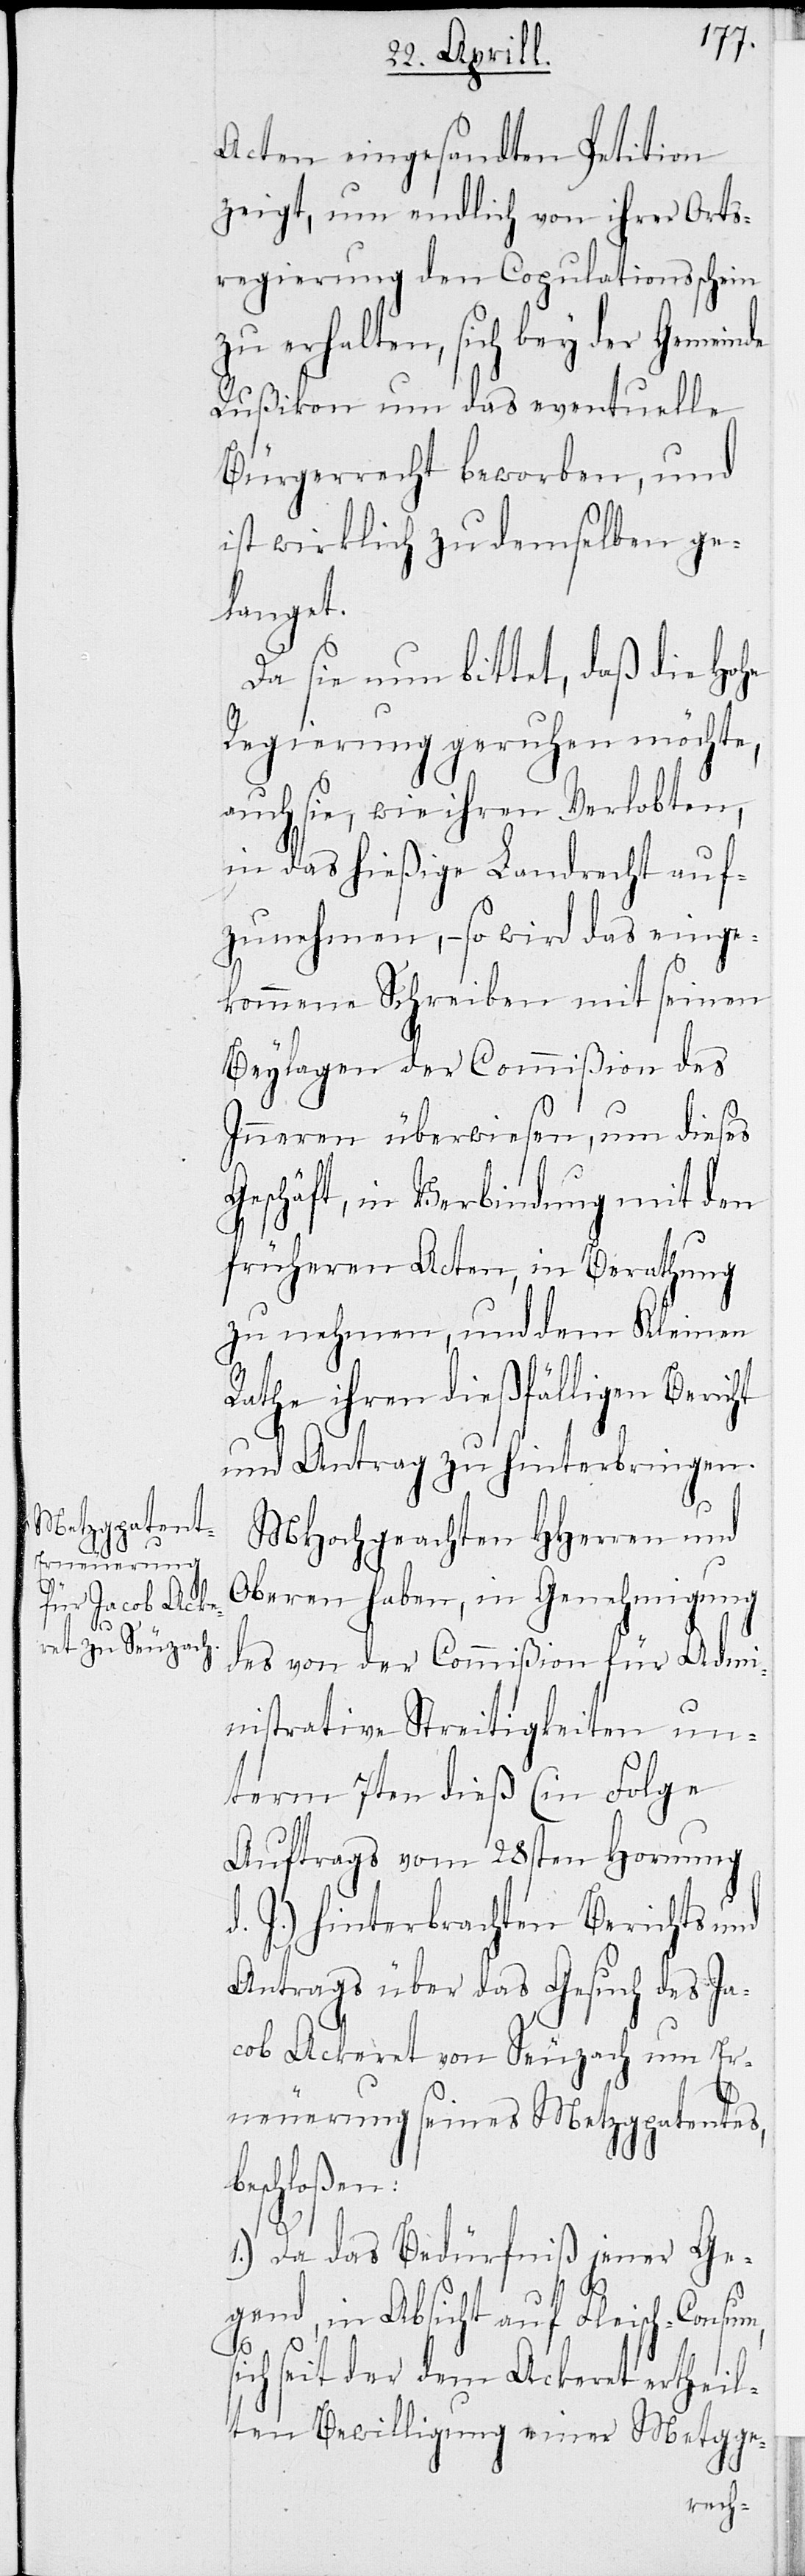
Acten eingesandten Petition
zeigt, um endlich von ihrer Orts¬
regierung den Copulationsschein
zu erhalten, sich bey der Gemeinde
Rußikon um das eventuelle
Bürgerrecht beworben, und
ist wirklich zu demselben ge¬
langet.
Da sie nun bittet, daß die Hohe
Regierung geruhen möchte,
auch sie, wie ihren Verlobten,
in das hießige Landrecht auf¬
zunehmen, – so wird das einge¬
kommene Schreiben mit seinen
Beylagen der Commißion des
Inneren überwiesen, um dieses
Geschäft, in Verbindung mit den
früheren Acten, in Berathung
zu nehmen, und dem Kleinen
Rathe ihren dießfälligen Bericht
und Antrag zu hinterbringen.
MHochgeachten HHerren und
Oberen haben, in der Genehmigung
des von der Commißion für Admi¬
nistrative Streitigkeiten un¬
term 7ten dieß (in Folge
Auftrags vom 28sten Hornung
d. J.) hinterbrachten Berichts und
Antrags über das Gesuch von Ja¬
cob Ackeret von Seuzach um Er¬
b¬
neuerung seines Metzgpatents
eschloßen:
1.) Da das Bedürfniß jener Ge¬
gend, in Absicht auf Fleisch-Consum,
sich seit der dem Ackeret ertheil¬
ten Bewilligung einer Metzgge-